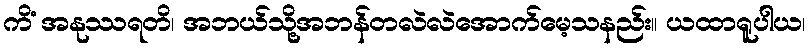
ကိံ အနုဿရတိ၊ အဘယ်သို့အဘန်တလဲလဲအောက်မေ့သနည်း။ ယထာရူပါယ၊